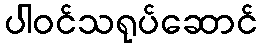
ပါဝင်သရုပ်ဆောင်